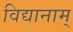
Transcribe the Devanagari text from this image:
विद्यानाम्